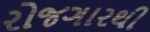
રોજગારથી